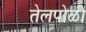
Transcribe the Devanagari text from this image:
तेलपोळी